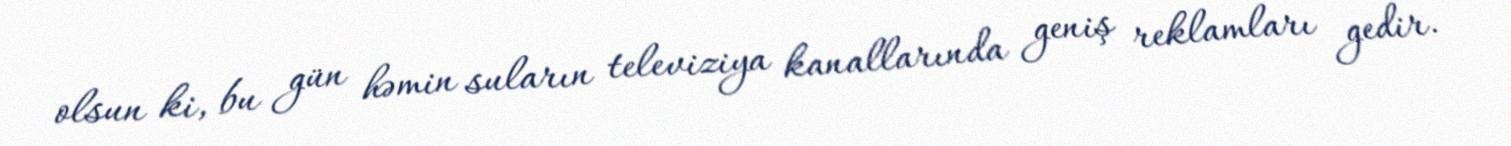
olsun ki, bu gün həmin suların televiziya kanallarında geniş reklamları gedir.